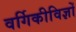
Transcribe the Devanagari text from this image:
वर्गिकीविज्ञों